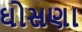
ઘોસણા